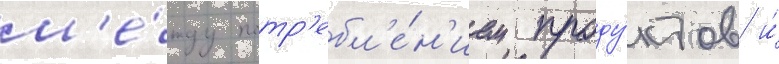
м'е́жду потр'ебл'е́н'ием проду́ктов и́